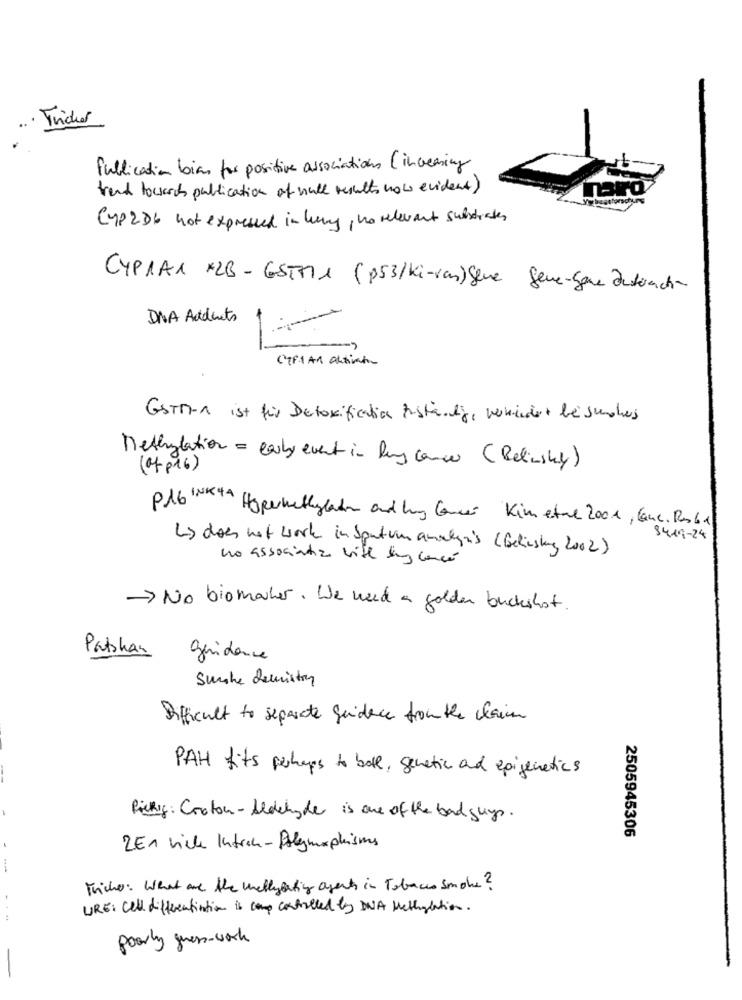
· Tricher
Publication bias for positive associations ( increasing
trend towards publication of null results now evident)
Cyp286 not expressed in hung, no relevant substrates
CYPIA1 X2B- GSTMIX (p53/Ki-van) Gene Gene-Game aktüanche
DNA Audents
GSTM-A ist für Detoxificatie Zuständig, verhindert be senders
Methylation = early event in lung cancer (Belinsky)
(afp16)
P16 INK 44
"Hopermethylaten and lung Cancer Kim etre 2001 , Canc. Pas61
8419-24
Ls does not work in Sportum amalga's ( Gelinskug, 2002)
no associatia vite iny cancé
-> No biomarker. We need a golden buckshot.
Patshan
guidance
Smake denistry
Difficult to separate guidece fromthe claim
PAH fits perhaps to both, genetic and epigenetics
Picking: Croton- Aldehyde is one of the bad guys.
2505945306
ZEn viche Intrek-Polegmorphisms
Tricher: What are the wellyeating agents in Tobacco Smoke?
...
URE: Cell differentiation is coup controlled by DNA Methylation.
poorly guen-work
-